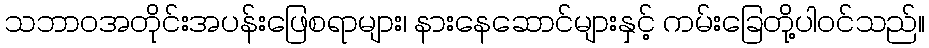
သဘာဝအတိုင်းအပန်းဖြေစရာများ၊ နားနေဆောင်များနှင့် ကမ်းခြေတို့ပါဝင်သည်။